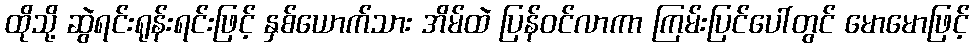
ထိုသို့ ဆွဲရင်းရုန်းရင်းဖြင့် နှစ်ယောက်သား အိမ်ထဲ ပြန်ဝင်လာကာ ကြမ်းပြင်ပေါ်တွင် မောမောဖြင့်